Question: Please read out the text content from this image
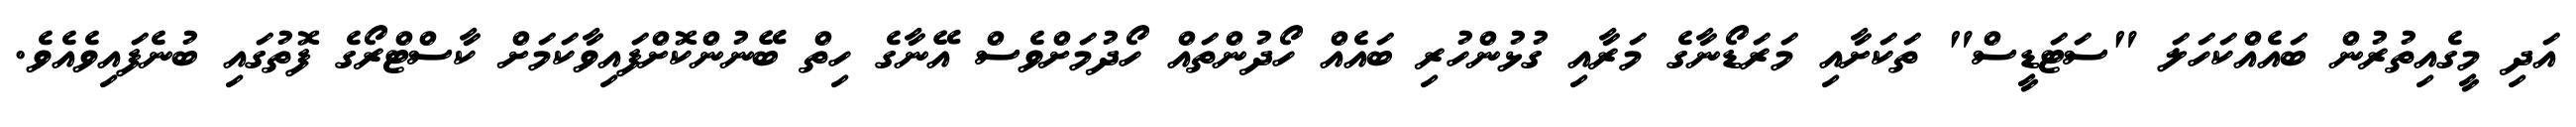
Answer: އަދި މީގެއިތުރުން ބައެއްކަހަލަ "ސަޓަޑީސް" ތަކަށާއި މަރަޑޯނާގެ މަރާއި ގުޅުންހުރި ބައެއް ހޯދުންތައް ހޯދުމަށްވެސް އޭނާގެ ހިތް ބޭނުންކޮށްފައިވާކަމަށް ކާސްޓްރޯގެ ފޮތުގައި ބުނެފައިވެއެވެ.